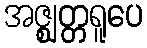
အဇ္ဈတ္တရူပေ